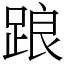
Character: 踉